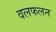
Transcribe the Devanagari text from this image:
वलफलन